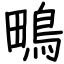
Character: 鴫